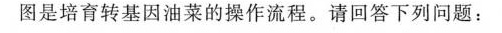
图是培育转基因油菜的操作流程。请回答下列问题：